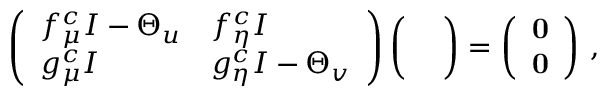
\left( \begin{array} { l l } { f _ { \mu } ^ { c } I - \Theta _ { u } } & { f _ { \eta } ^ { c } I } \\ { g _ { \mu } ^ { c } I } & { g _ { \eta } ^ { c } I - \Theta _ { v } } \end{array} \right) \left( \begin{array} { l } { { \bf \xi } } \\ { { \bf \zeta } } \end{array} \right) = \left( \begin{array} { l } { { \bf 0 } } \\ { { \bf 0 } } \end{array} \right) \, ,